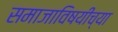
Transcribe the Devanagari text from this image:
समाजाविषयीच्या